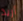
أريد